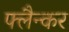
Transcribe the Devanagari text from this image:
फ्लैन्कर